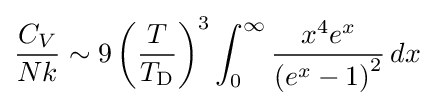
{\frac {C_{V}}{Nk}}\sim 9\left({T \over T_{\rm {D}}}\right)^{3}\int _{0}^{\infty }{x^{4}e^{x} \over \left(e^{x}-1\right)^{2}}\,dx